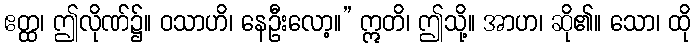
ဧတ္ထ၊ ဤလိုဏ်၌။ ဝသာဟိ၊ နေဦးလော့။” ဣတိ၊ ဤသို့။ အာဟ၊ ဆို၏။ သော၊ ထို